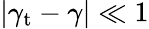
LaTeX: \left|\gamma_{\mathrm{t}}-\gamma\right|\ll 1